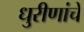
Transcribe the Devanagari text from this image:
धुरीणांचे